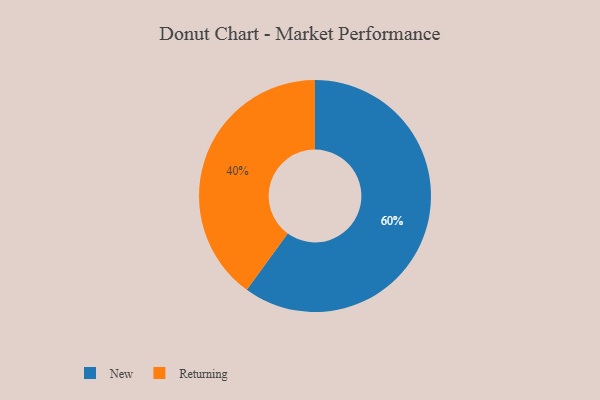
{"axis": {"x": "Category", "y": "Percentage"}, "legend": ["New", "Returning"], "data": [{"x": "New", "y": 60, "type": "New"}, {"x": "Returning", "y": 40, "type": "Returning"}]}